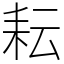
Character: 耘